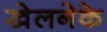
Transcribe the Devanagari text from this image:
खेलनेके